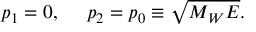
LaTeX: p _ { 1 } = 0 , \ \ \ \ p _ { 2 } = p _ { 0 } \equiv \sqrt { M _ { W } E } .